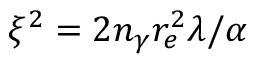
\xi ^ { 2 } = 2 n _ { \gamma } r _ { e } ^ { 2 } \lambda / \alpha